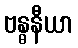
ဗန္ဓနီယာ